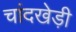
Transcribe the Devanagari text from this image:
चांदखेड़ी